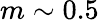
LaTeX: m\sim 0.5